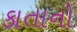
કાતાનો